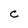
Character: c